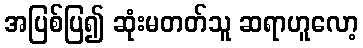
အပြစ်ပြ၍ ဆုံးမတတ်သူ ဆရာဟူလော့